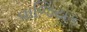
વાજિયક